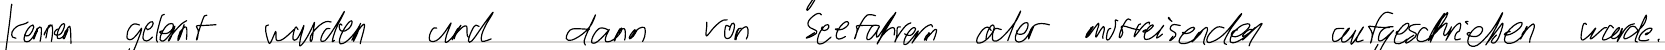
kennen gelernt wurden und dann von Seefahrern oder Mitreisenden aufgeschrieben wurde.